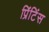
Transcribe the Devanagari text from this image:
प्रिंटिंस